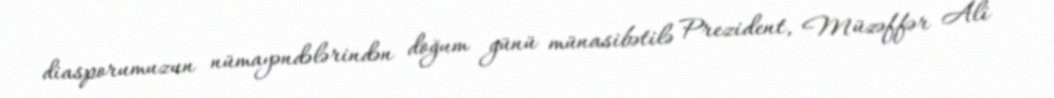
diasporumuzun nümayəndələrindən doğum günü münasibətilə Prezident, Müzəffər Ali